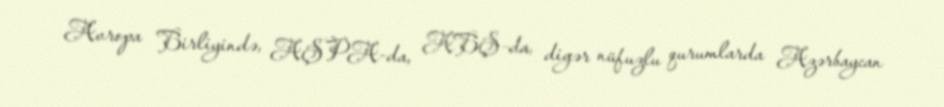
Avropa Birliyində, AŞPA-da, ABŞ-da, digər nüfuzlu qurumlarda Azərbaycan